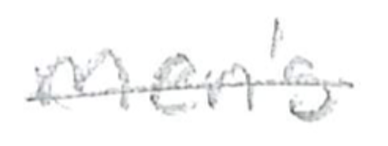
Text: men's
Cross-out: single-line
Writing tool: pencil